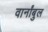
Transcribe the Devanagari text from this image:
वार्नांबुल